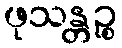
ဖုသန္တဉ္စ